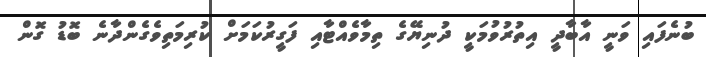
ބުނެފައި ވަނީ އާބާދީ އިތުރުވުމަކީ ދުނިޔޭގެ ތިމާވެއްޓާއި ފަގީރުކަމަށް ކުރިމަތިވެގެންދާނެ ބޮޑު ގޮން